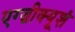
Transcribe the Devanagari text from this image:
एग्ज़ीक्यूशं